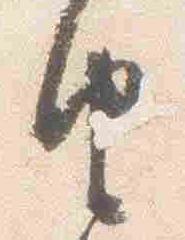
由